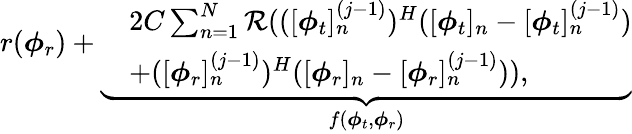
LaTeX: \begin{array}{r}{r(\boldsymbol{\phi}_{r})+\underbrace{\begin{array}{rl}&{2C\sum_{n=1}^{N}\mathcal{R}(([\boldsymbol{\phi}_{t}]_{n}^{(j-1)})^{H}([\boldsymbol{\phi}_{t}]_{n}-[\boldsymbol{\phi}_{t}]_{n}^{(j-1)})}\\ &{+([\boldsymbol{\phi}_{r}]_{n}^{(j-1)})^{H}([\boldsymbol{\phi}_{r}]_{n}-[\boldsymbol{\phi}_{r}]_{n}^{(j-1)})),}\end{array}}_{f(\boldsymbol{\phi}_{t},\boldsymbol{\phi}_{r})}}\end{array}